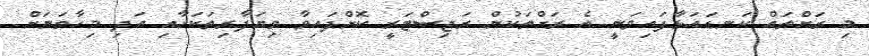
މި ރަށްތައް ކަނޑައަޅާފައިވަނީ އެ ރަށްތަކުން ރަޖިސްޓަރީ ކޮށްފައިވާ ވިޔަފާރިތަކަށާއި އަދި މިހާތަނަށް